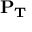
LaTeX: \mathbf { P _ { T } }